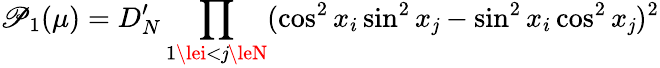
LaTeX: \mathscr{P}_{1}(\mu)=D_{N}^{\prime}\prod_{1\lei<\mathit{j}\leN}(\cos^{2}x_{i}\sin^{2}x_{\mathit{j}}-\sin^{2}x_{i}\cos^{2}x_{\mathit{j}})^{2}